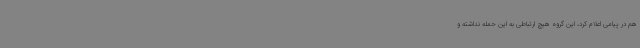
هم در پیامی اعلام کرد، این گروه هیچ ارتباطی به این حمله نداشته و